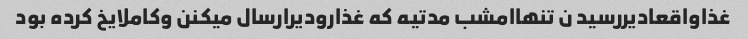
غذاواقعادیررسید ن تنهاامشب مدتیه که غذارودیرارسال میکنن وکاملایخ کرده بود